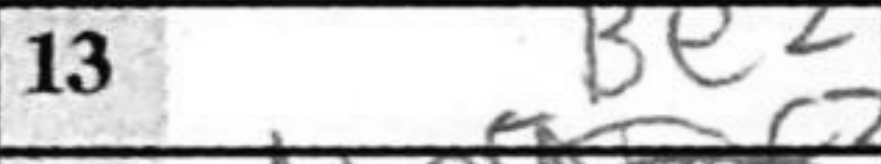
Transcription: Be2